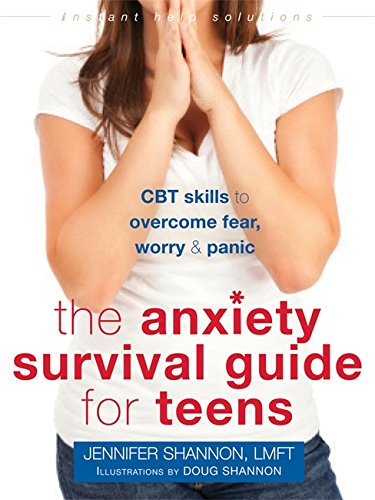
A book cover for The Anxiety Survival Guide for Teens: CBT Skills to Overcome Fear, Worry, and Panic (The Instant Help Solutions Series); Jennifer Shannon LMFT; Teen & Young Adult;